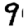
Digit: 9